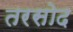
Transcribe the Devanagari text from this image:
तरसोद